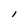
Character: l